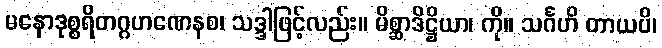
မနောဒုစ္စရိတဂ္ဂဟဏေနစ၊ သဒ္ဒါဖြင့်လည်း။ မိစ္ဆာဒိဋ္ဌိယာ၊ ကို။ သင်္ဂဟိ တာယပိ၊